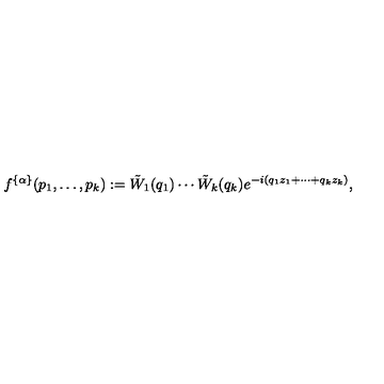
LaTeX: f ^ { \{ \alpha \} } ( p _ { 1 } , \ldots , p _ { k } ) : = \tilde { W } _ { 1 } ( q _ { 1 } ) \cdots \tilde { W } _ { k } ( q _ { k } ) e ^ { - i ( q _ { 1 } z _ { 1 } + \cdots + q _ { k } z _ { k } ) } ,